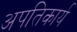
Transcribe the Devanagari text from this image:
अपतिकार्य